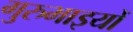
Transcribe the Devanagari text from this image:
गुरुभाइयों